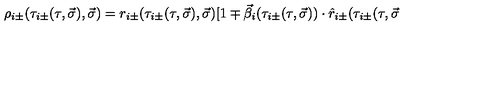
\rho _ { i \pm } ( \tau _ { i \pm } ( \tau , \vec { \sigma } ) , \vec { \sigma } ) = r _ { i \pm } ( \tau _ { i \pm } ( \tau , \vec { \sigma } ) , \vec { \sigma } ) [ 1 \mp \vec { \beta } _ { i } ( \tau _ { i \pm } ( \tau , \vec { \sigma } ) ) \cdot \hat { r } _ { i \pm } ( \tau _ { i \pm } ( \tau , \vec { \sigma }